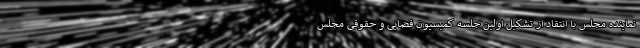
نماینده مجلس با انتقاد از تشکیل اولین جلسه کمیسیون قضایی و حقوقی مجلس